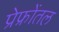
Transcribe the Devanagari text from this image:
प्रेफ्रोंतल